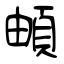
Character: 頔